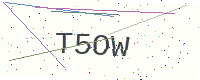
Text: T5OW